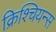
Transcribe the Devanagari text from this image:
क्रिश्चियन्स